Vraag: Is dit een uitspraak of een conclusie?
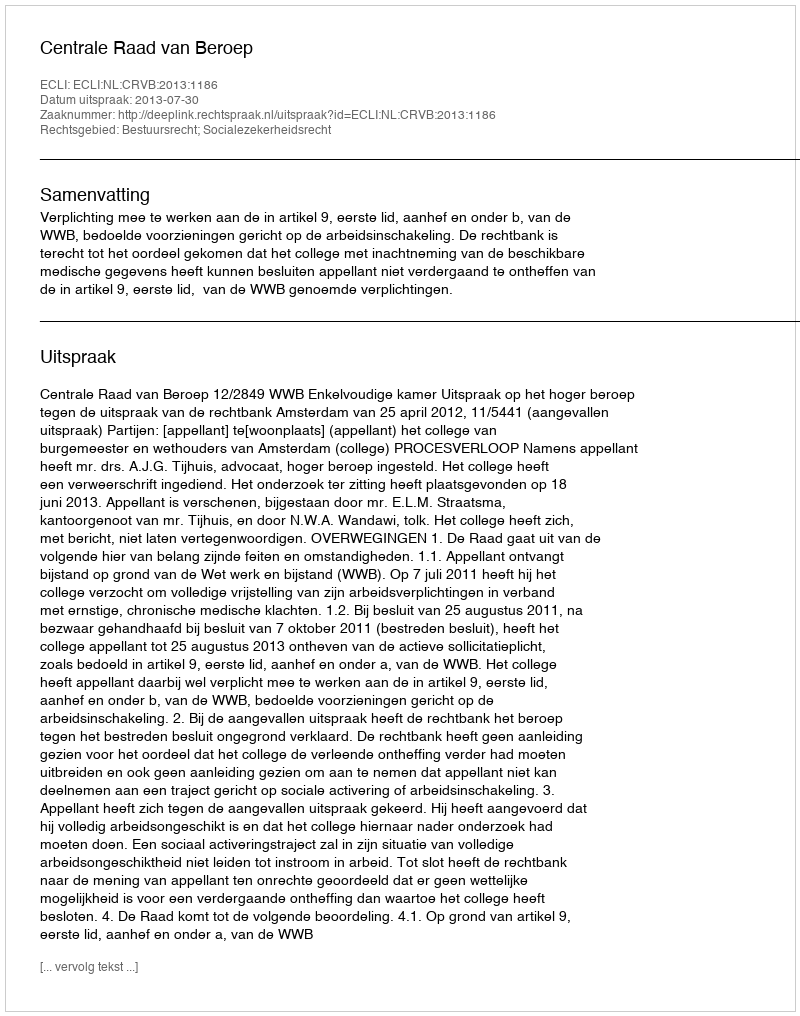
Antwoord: Uitspraak